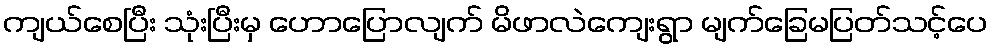
ကျယ်စေပြီး သုံးပြီးမှ ဟောပြောလျက် မိဖာလဲကျေးရွာ မျက်ခြေမပြတ်သင့်ပေ